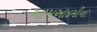
આમઆદમીના